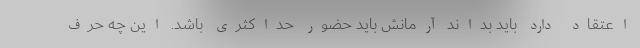
اعتقاد دارد باید بداند آرمانش باید حضور حداکثری باشد. این چه حرف